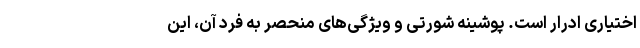
‌اختیاری ادرار است. پوشینه شورتی و ویژگی‌های منحصر به فرد آن، این